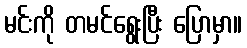
မင်းကို တမင်ရွေးပြီး ပြောမှာ။